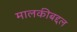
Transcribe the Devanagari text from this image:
मालकीबद्दल